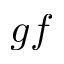
g f